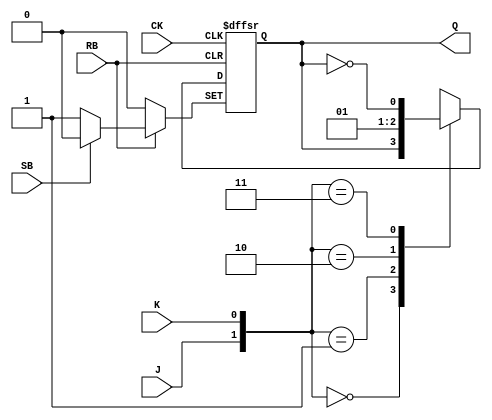
module JKFF ( CK, J, K, Q, RB, SB );
    input CK, J, K, RB, SB;
    output Q;
    reg Q;

    always @( posedge CK or negedge RB or negedge SB )
    begin
        if( RB == 1'b0 )
            Q <= 1'b0;
        else if ( SB == 1'b0 )
            Q <= 1'b1;
        else
            case( {J,K} )
                2'b00: Q <= Q;
                2'b01: Q <= 1'b0;
                2'b10: Q <= 1'b1;
                2'b11: Q <= ~Q;
            endcase
    end

endmodule